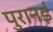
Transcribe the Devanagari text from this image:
पुरानई